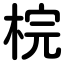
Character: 梡